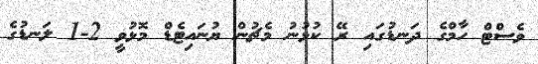
ވެސްޓް ހާމްގެ ދަނޑުގައި ރޭ ކުޅުނު މެޗުން ޔުނައިޓެޑް މޮޅުވީ 2-1 ލަނޑުގެ